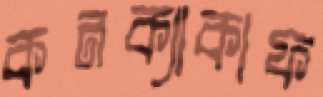
কনক্যাকাফ